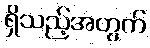
ရှိသည့်အတွက်